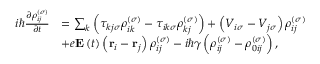
\begin{array} { r l } { i \hbar \frac { \partial \rho _ { i j } ^ { \left( \sigma \right) } } { \partial t } } & { = \sum _ { k } \left( \tau _ { k j \sigma } \rho _ { i k } ^ { \left( \sigma \right) } - \tau _ { i k \sigma } \rho _ { k j } ^ { \left( \sigma \right) } \right) + \left( V _ { i \sigma } - V _ { j \sigma } \right) \rho _ { i j } ^ { \left( \sigma \right) } } \\ & { + e \mathbf { E } \left( t \right) \left( \mathbf { r } _ { i } - \mathbf { r } _ { j } \right) \rho _ { i j } ^ { \left( \sigma \right) } - i \hbar \gamma \left( \rho _ { i j } ^ { \left( \sigma \right) } - \rho _ { 0 i j } ^ { \left( \sigma \right) } \right) , } \end{array}